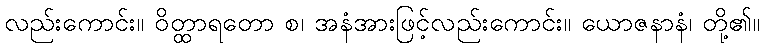
လည်းကောင်း။ ဝိတ္ထာရတော စ၊ အနံအားဖြင့်လည်းကောင်း။ ယောဇနာနံ၊ တို့၏။